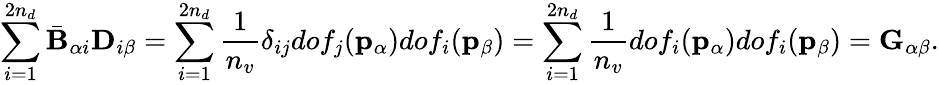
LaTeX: \sum_{i=1}^{2n_{d}}\bar{\mathbf{B}}_{\alpha i}\mathbf{D}_{i\beta}=\sum_{i=1}^{2n_{d}}\frac{1}{n_{v}}\delta_{ij}dof_{j}(\mathbf{p}_{\alpha})dof_{i}(\mathbf{p}_{\beta})=\sum_{i=1}^{2n_{d}}\frac{1}{n_{v}}dof_{i}(\mathbf{p}_{\alpha})dof_{i}(\mathbf{p}_{\beta})=\mathbf{G}_{\alpha\beta}.